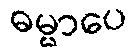
ဓမ္မာပေ